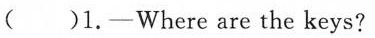
()1.-Where are the keys?